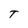
Character: T